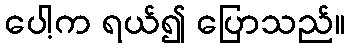
ပေါ့က ရယ်၍ ပြောသည်။